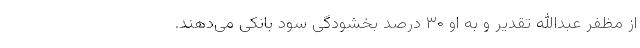
از مظفر عبدالله تقدیر و به او ۳۰ درصد بخشودگی سود بانکی می‌دهند.